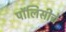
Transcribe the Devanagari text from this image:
पॉलिसीचे